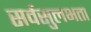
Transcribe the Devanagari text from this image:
सर्वसुलभता